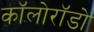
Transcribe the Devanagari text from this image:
कॉलोरॉडो